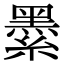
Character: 𦅔